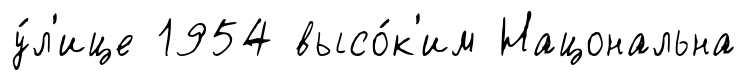
у́л'ице 1954 высо́к'им Нацональна